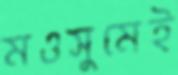
মওসুমেই